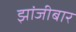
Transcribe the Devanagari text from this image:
झांजीबार